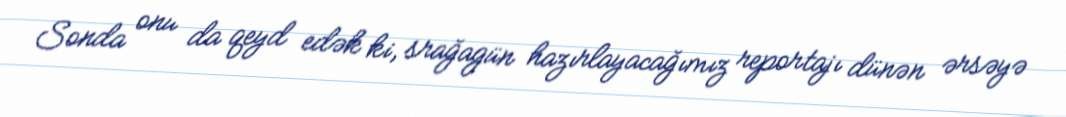
Sonda onu da qeyd edək ki, srağagün hazırlayacağımız reportajı dünən ərsəyə